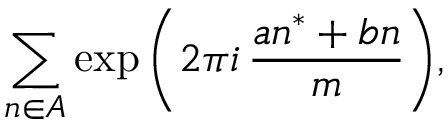
\sum _ { n \in A } \exp { { \biggl ( } 2 \pi i \, { \frac { a n ^ { * } + b n } { m } } { \biggr ) } } ,